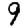
Digit: 9